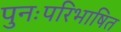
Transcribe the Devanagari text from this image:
पुनःपरिभाषित